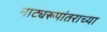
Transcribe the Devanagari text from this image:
नाट्यरूपांतराच्या